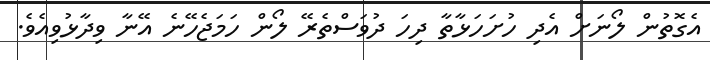
އެގޮތުން ލޯނަށް އެދި ހުށަހަޅާތާ ދިހަ ދުވަސްތެރޭ ލޯން ހަމަޖެހޭނެ އޭނާ ވިދާޅުވިއެވެ.